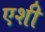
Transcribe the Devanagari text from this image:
एशी